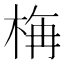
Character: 𣒰